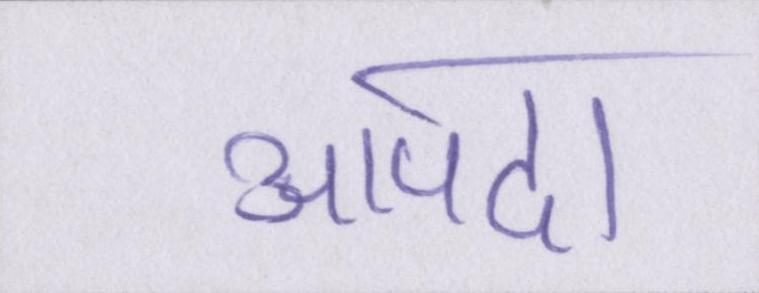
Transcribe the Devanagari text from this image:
आपदा